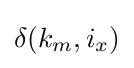
\delta (k_{m},i_{x})